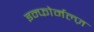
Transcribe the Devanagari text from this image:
इन्फोर्मल्ज़